Lunatic asylums Madras 1892-1911 - 1892-1911
Year: 1892
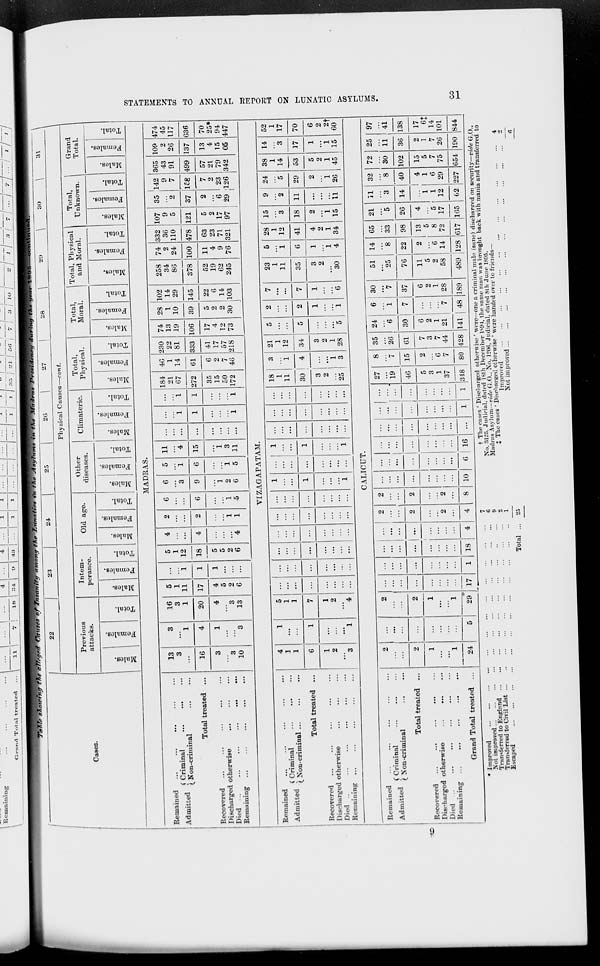
Remaining
Grand Total treated
11
18
34
i I as I si S« /
/ xo /—i-/-r/-T-/-^jfrrfry—/—/—/
1
1
22
23
1
24
25
26
|
27
28
\
20
\
30
\
31
\
Physical Causes—cont.
\
I
Cases.
Previous
attacks.
Intem-
perance.
Old age.
Other
diseases.
Climateric.
Total,
Physical.
Total,
Moral.
Total, Physical
and Moral.
Total,
Unknown.
Grand
Total.
i
DO
o
m o
i ?-
s
o
1 *
"3
EH
m
o
m
"S
o
fa
*3
O
m
.2
3
00
*3
a
0
"3
0
m
.2
r3
! ™
1 0
! *3
a
fa
13
0
EH
03
is
3
02
O
a
fa
"3
0
O
3
03
O
*3
S
fa
3
0
E-t
m
0
"3
0?
"3
a
0
fa
"5
0
m
"3
3
CO
0
"3
a
fa
0
EH
00
0
"3
09
O
"3 g
0
fa
"3
"0
m
0
3
GO
ID
s
fa
3
0
MADRAS.
Remained
, , .
, (Criminal
Admitted - cNoil . criminal
Total treated ...
Recovered
Discharged otherwise
Died ...
...
...
...
...
Remaining
13
3
3
1
16
3
1
5
1
11
1
5
1
12
18
5
5
2
6
4
4
"i
2
2
i
1
6
G
1
5
6
3
■
5
1
11
4
...
1
i
1
i
184
21
67
272
35
15
50
172
40
1
14
61
6
2
7
48
230
22
81
333
41
17
57
218
74
13
19
106
17
4
12
73
28
1
10
39
5
2
2
30
102
14
29
145
258
34
86
74
2
24
332
36
110
478
107
9
5
121
35
2
|
142
9
7
365
43
91
109
2
26
474
45
117
16
4
20 17
4
5
2
6
1
1
9
1
2
6
6
i
5
15 ...
1
378 100
37 lc8
7
2
23
126
499
57
21
79
342
137
13
4
15
05
636
70
25*
94
447
3
3
10
1
3
4
3
13
i
3
11 ...
i
22
6
14
103
52
19
62
245
11
4
9
76
63
23
71
321
5
2
17
97
2
"6
29
VIZAGAPATAM.
Remained
. ,
, ( Criminal
Admitted -. x ,
- . ,
(. Non-criminal ...
Total treated ...
Recovered
Discharged otherwise
Died ..
Remaining ...
4
3
1
1
5
1
1
...
...
...
...
...
1
...
1
...
...
...
11
3
i
21
1
12
5
2
7
23
1
11
5
i
6
28
1
12
41
15
3
9
2
24
5
38
1
14
53
5
2
1
45
14
3
17
52
1
17
70
6
1
7 ...
...
...
...
1 ...
1
30 ! 4 34
3
2
1
28
5
**5
2
1
1
7
35
18 11 29
2
1
26
1
2
3
1
1
2
"*4
...
...
...
...
i
...
1
...
...
si...
.. a 1
25 | 3
1
6
3
2
30
1
i
4
4
2
1
34
2
i
15 11
1
i
15
6
2
2f
60
CALICUT.
Remained
. , , (Criminal
Admitted lNon . criminal
Total treated ...
Recovered
Discharged otherwise
Died ...
Remaining
Grand Total treated ...
I
2
2
...
...
...
...
2
2
2
...
...
...
...
...
...
27
19
46
5
3
1
37
348
8
7
15
2
6
7
80
35
26
24
"e
6
1
30
"h
51
25
14
8
65
33
98
13
5
8
72
21
5
11
3
32
8
40
72
30
25
ii
97
41
138
17
e:
14
101
844
2
2 ...
...
... | ...
2
...
...
61
7
3
7
44
428
30
7 37
76 22
26
4
5
17
165
14
102 36
•~
1
1
...
1
1
17
1 18
4
2
4
2
...
6
2
1
21
7
6
2
1
28
11
5
2
58
2
*6
14
|
i
1
12
62
4
1
6
29
15
5
7
75
2
1
7
26
24
5
to
29
8 10
G ! 16
1
1
141 | 48 189
489 128 617
227 654 190
• Improved
Not improved
Transferred to England
Transferred to Civil List
Escaped
Total
7
B
9
2
1
25
t The cases ' Discharged otherwise' were—one a criminal male (sane) discharged on security—title G.O.,
No. 3125. Judicial, dated 18th December 1SJH, Hie same man was brought back with mania and transferred to
Madras ksylum—vide G.O., No. 1206, Judicial, dated Sth June 1M)5.
% The cases ' Discharged otherwise ' were handed over to friends-
Improved
,
4
2fot improved
2
6
GO
H
>»
H
K
H
CO
O
O
o
f
a
S3
1—1
Q
f>
CO
Kj
t-^
CO